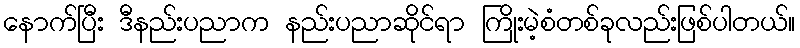
နောက်ပြီး ဒီနည်းပညာက နည်းပညာဆိုင်ရာ ကြိုးမဲ့စံတစ်ခုလည်းဖြစ်ပါတယ်။